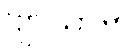
ဗျာယာမ